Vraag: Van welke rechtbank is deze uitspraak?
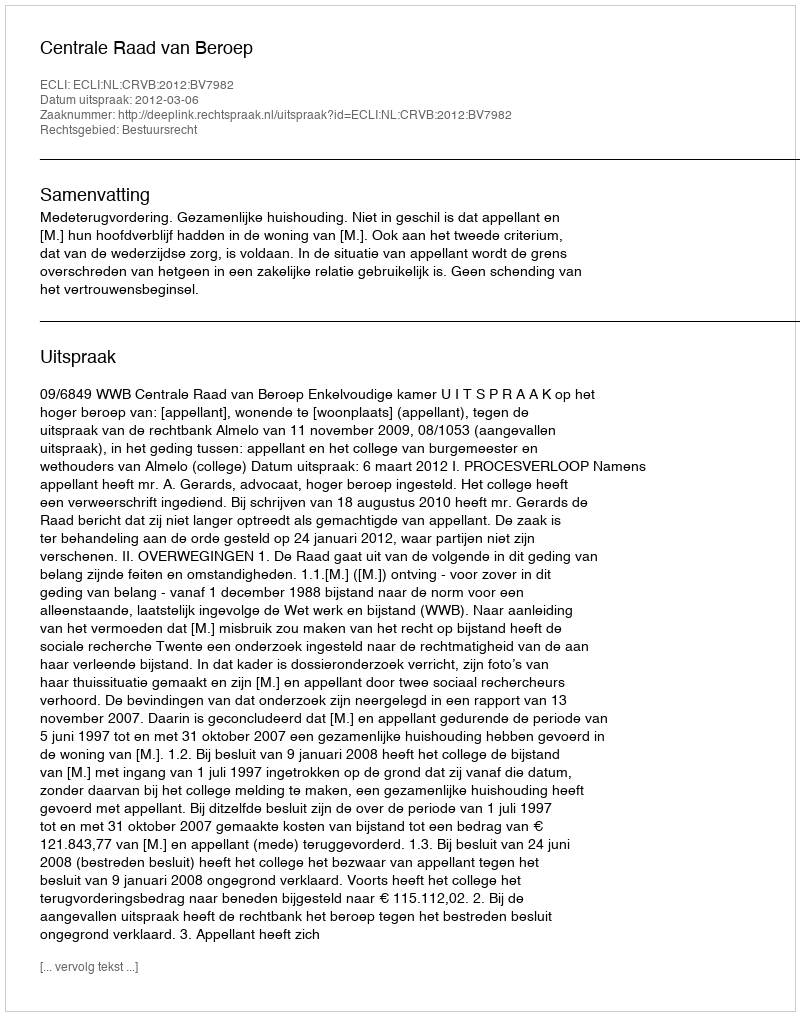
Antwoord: Centrale Raad van Beroep